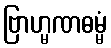
ဗြာဟ္မဏဓမ္မံ